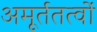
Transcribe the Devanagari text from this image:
अमूर्ततत्वों